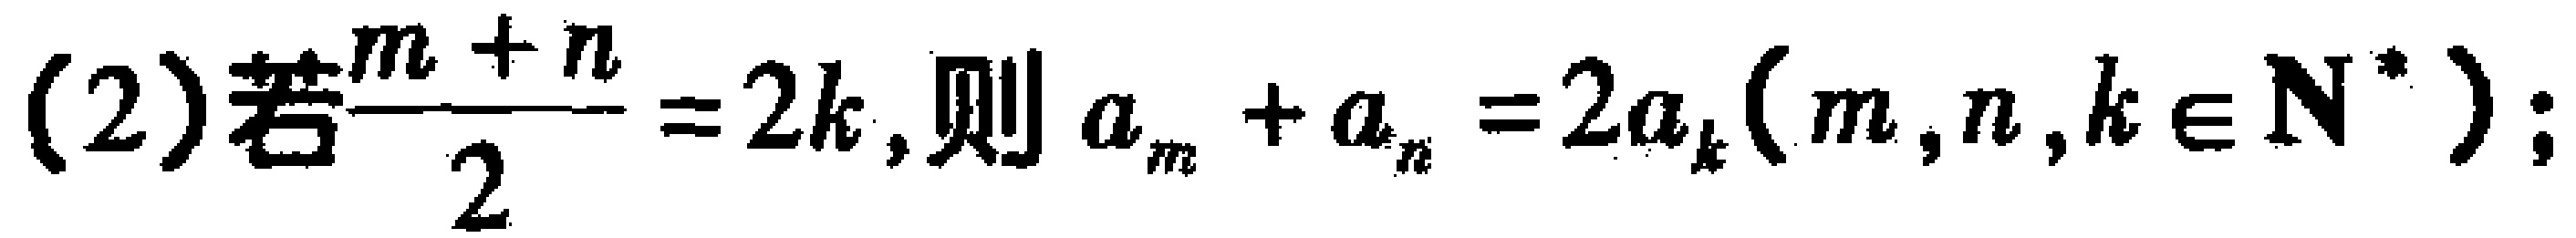
(2)若$\frac{m + n}{2}=2k$,则$a_{m}+a_{n}=2a_{k}(m,n,k\in \mathbf{N}^{*})$;